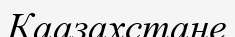
Каазахстане